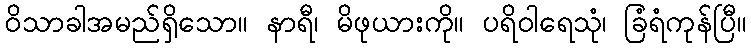
ဝိသာခါအမည်ရှိသော။ နာရီ၊ မိဖုယားကို။ ပရိဝါရေသုံ၊ ခြံရံကုန်ပြီ။